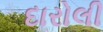
દારોલી